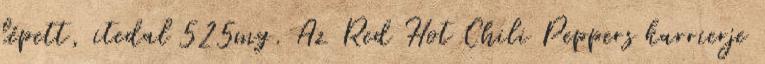
lépett, itedal 525mg. Az Red Hot Chili Peppers karrierje